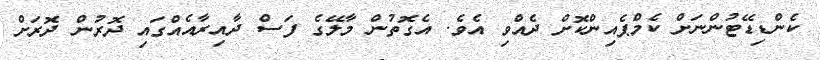
ކެންޑިޑޭޓުންނަށް ކެމްޕެއިންކޮށް ދެއްވި އެވެ. އެގޮތުން މާލޭގެ ފަސް ދާއިރާއެއްގައި ދޮރުން ދޮރަށް